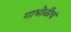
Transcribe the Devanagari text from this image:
गाभोळीचं